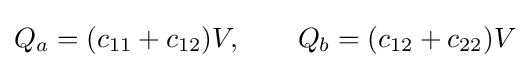
Q_{a}=(c_{11}+c_{12})V,\qquad Q_{b}=(c_{12}+c_{22})V